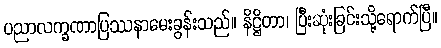
ပညာလက္ခဏာပြဿနာမေးခွန်းသည်။ နိဋ္ဌိတာ၊ ပြီးဆုံးခြင်းသို့ရောက်ပြီ။